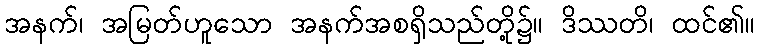
အနက်၊ အမြတ်ဟူသော အနက်အစရှိသည်တို့၌။ ဒိဿတိ၊ ထင်၏။